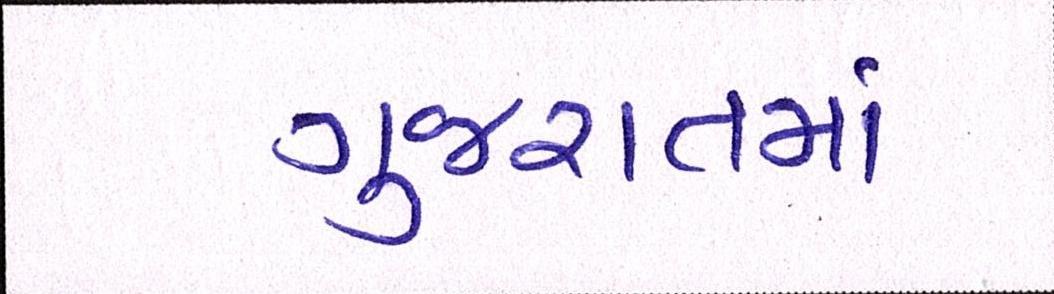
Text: ગુજરાતમાં